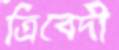
ত্রিবেদী